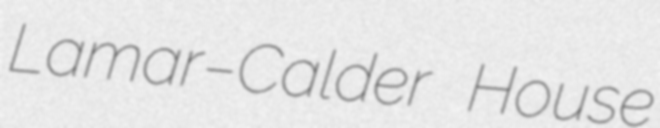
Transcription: Lamar–Calder House